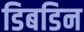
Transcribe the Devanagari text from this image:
डिबडिन